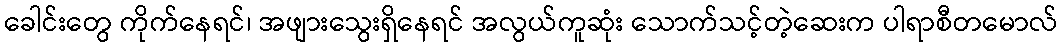
ခေါင်းတွေ ကိုက်နေရင်၊ အဖျားသွေးရှိနေရင် အလွယ်ကူဆုံး သောက်သင့်တဲ့ဆေးက ပါရာစီတမောလ်